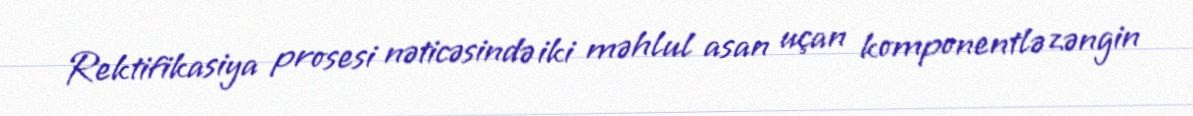
Rektifikasiya prosesi nəticəsində iki məhlul asan uçan komponentlə zəngin